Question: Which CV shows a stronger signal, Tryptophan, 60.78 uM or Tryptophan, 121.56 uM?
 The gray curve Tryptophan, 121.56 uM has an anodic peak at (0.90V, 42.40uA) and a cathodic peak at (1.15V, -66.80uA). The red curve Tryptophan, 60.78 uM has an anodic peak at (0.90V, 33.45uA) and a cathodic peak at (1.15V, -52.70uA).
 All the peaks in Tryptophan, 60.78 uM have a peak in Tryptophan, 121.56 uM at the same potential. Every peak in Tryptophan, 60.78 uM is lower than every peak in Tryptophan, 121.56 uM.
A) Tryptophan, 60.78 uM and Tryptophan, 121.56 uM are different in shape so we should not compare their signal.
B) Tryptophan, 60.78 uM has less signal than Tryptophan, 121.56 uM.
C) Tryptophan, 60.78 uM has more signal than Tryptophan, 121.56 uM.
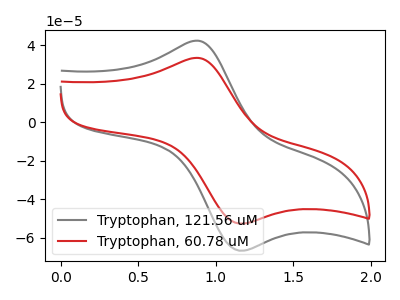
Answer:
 <answer>B) "Tryptophan, 60.78 uM" has less signal than "Tryptophan, 121.56 uM".</answer>
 <eval>B</eval>